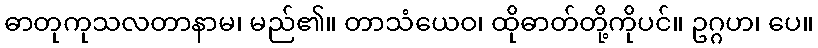
ဓာတုကုသလတာနာမ၊ မည်၏။ တာသံယေဝ၊ ထိုဓာတ်တို့ကိုပင်။ ဥဂ္ဂဟ၊ ပေ။